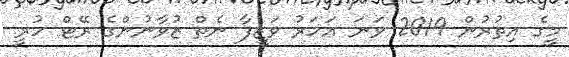
މީގެ އިތުރުން 2019 ވަނަ އަހަރު ވަޒީފާ ނެތް ޒުވާނުންގެ ރޭޓް ހުރީ